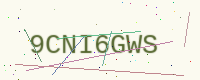
Text: 9CNI6GWS